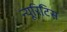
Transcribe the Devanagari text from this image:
न्यूरिटिस